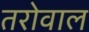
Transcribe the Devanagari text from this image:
तरोवाल